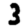
Digit: 3